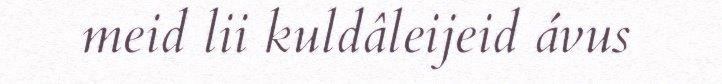
meid lii kuldâleijeid ávus